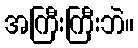
အကြီးကြီးဘဲ။